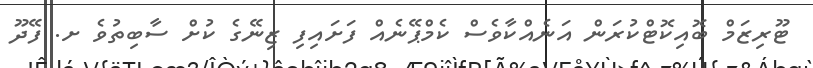
ޓޫރިޒަމް ބޮއިކޮޓްކުރަން އަނެއްކާވެސް ކެމްޕޭނެއް ފަށައިފި ޒިނޭގެ ކުށް ސާބިތުވެ ށ. ފޭދޫ